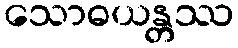
သောဓယန္တဿ